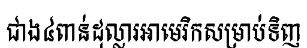
ជាង៤ពាន់ដុល្លារអាមេរិកសម្រាប់ទិញ